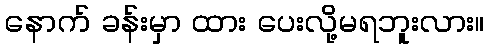
နောက် ခန်းမှာ ထား ပေးလို့မရဘူးလား။